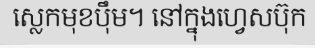
ស្លេកមុខប៉ឹម។ នៅក្នុងហ្វេសប៊ុក